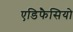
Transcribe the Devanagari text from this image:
एडिफैसियो